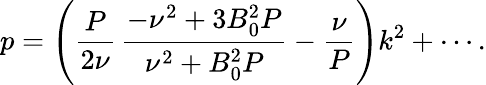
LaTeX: p=\left(\frac{P}{2\nu}\, \frac{-\nu^{2}+3B_{0}^{2}P}{\nu^{2}+B_{0}^{2}P}-\frac{\nu}{P}\right)k^{2}+\cdots.